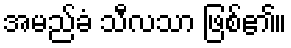
အမည်ခံ သီလသာ ဖြစ်၏။